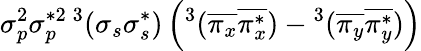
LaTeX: \sigma_{p}^{2}\sigma_{p}^{*2}{}\, ^{3}(\sigma_{s}\sigma_{s}^{*})\left(^3(\overline{{\pi_{x}}}\overline{{\pi_{x}^{*}}})-{}^{3}(\overline{{\pi_{y}}}\overline{{\pi_{y}^{*}}})\right)